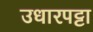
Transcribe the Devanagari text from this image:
उधारपट्टा